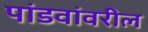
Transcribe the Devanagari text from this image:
पांडवांवरील